65_HS1-834228961_62-HQ-83894_Section_3
Agency: FBI
Page 16
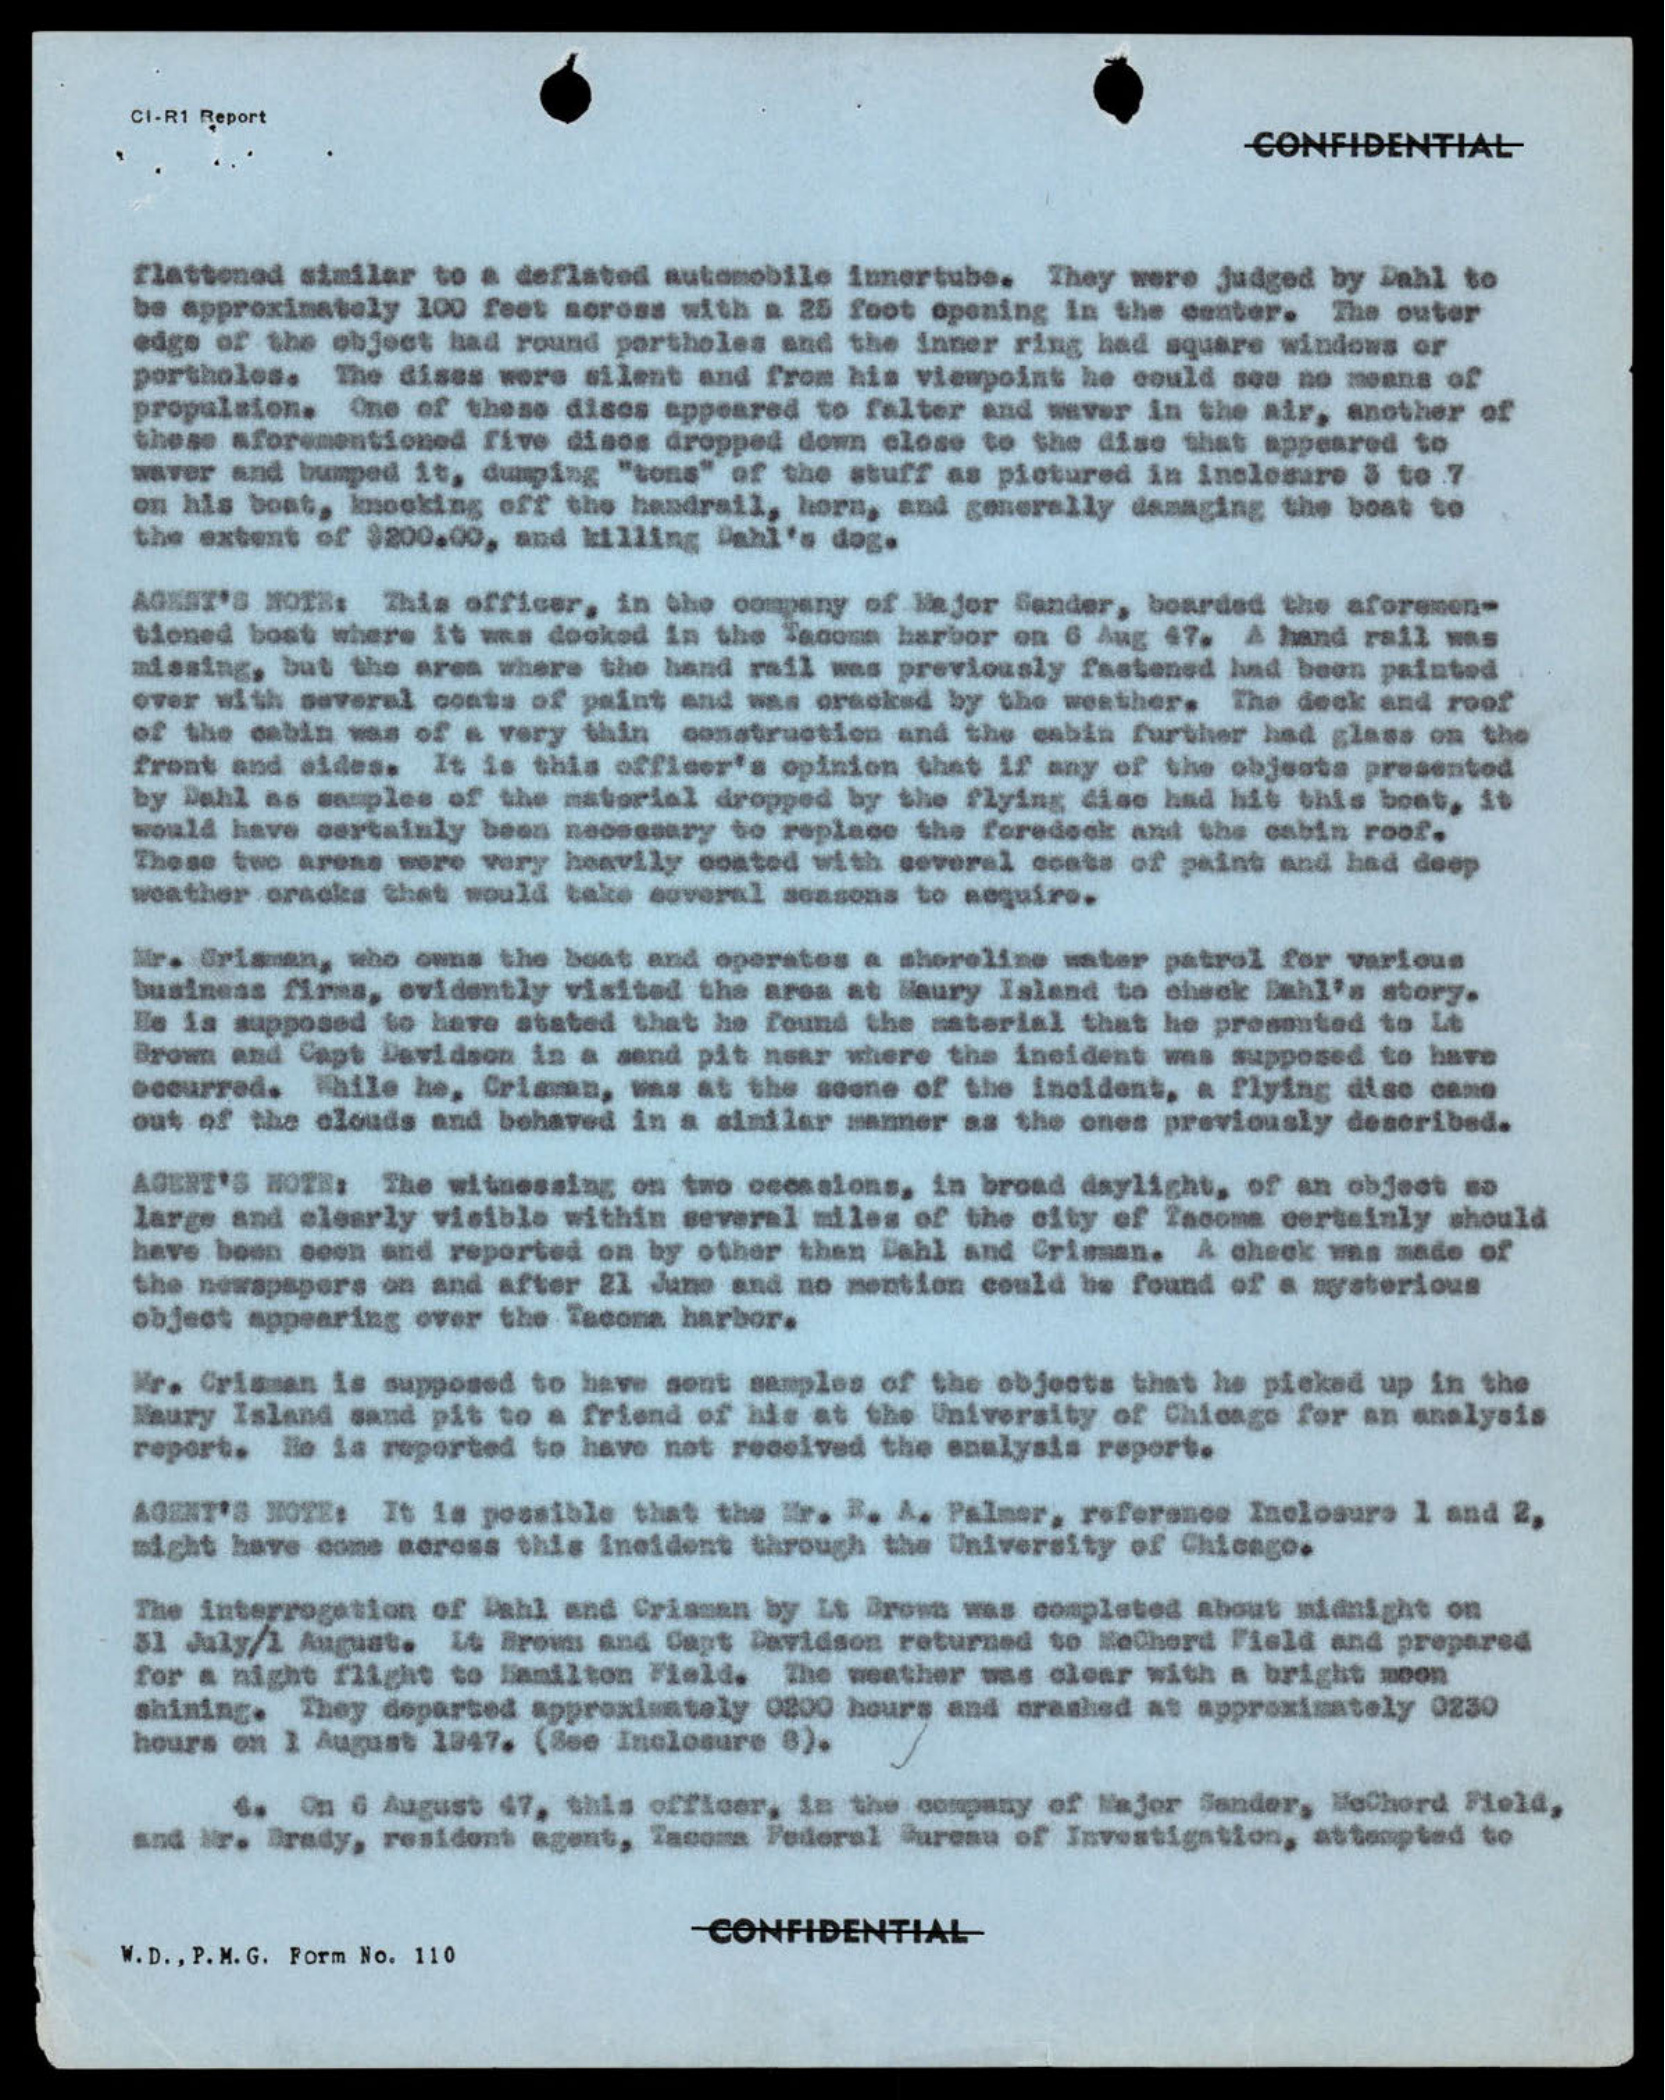